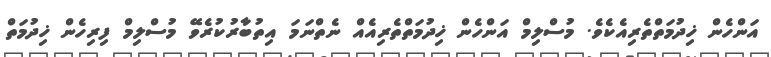
އަންހެން ޚިދުމަތްތެރިއެކެވެ. މުސްލިމް އަންހެން ޚިދުމަތްތެރިއެއް ނެތްނަމަ އިތުބާރުކުރެވޭ މުސްލިމް ފިރިހެން ޚިދުމަތް